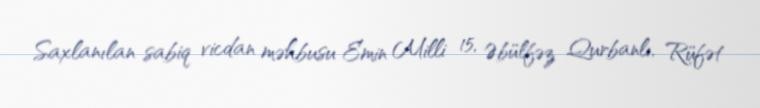
Saxlanılan sabiq vicdan məhbusu Emin Milli 15, Əbülfəz Qurbanlı, Rüfət